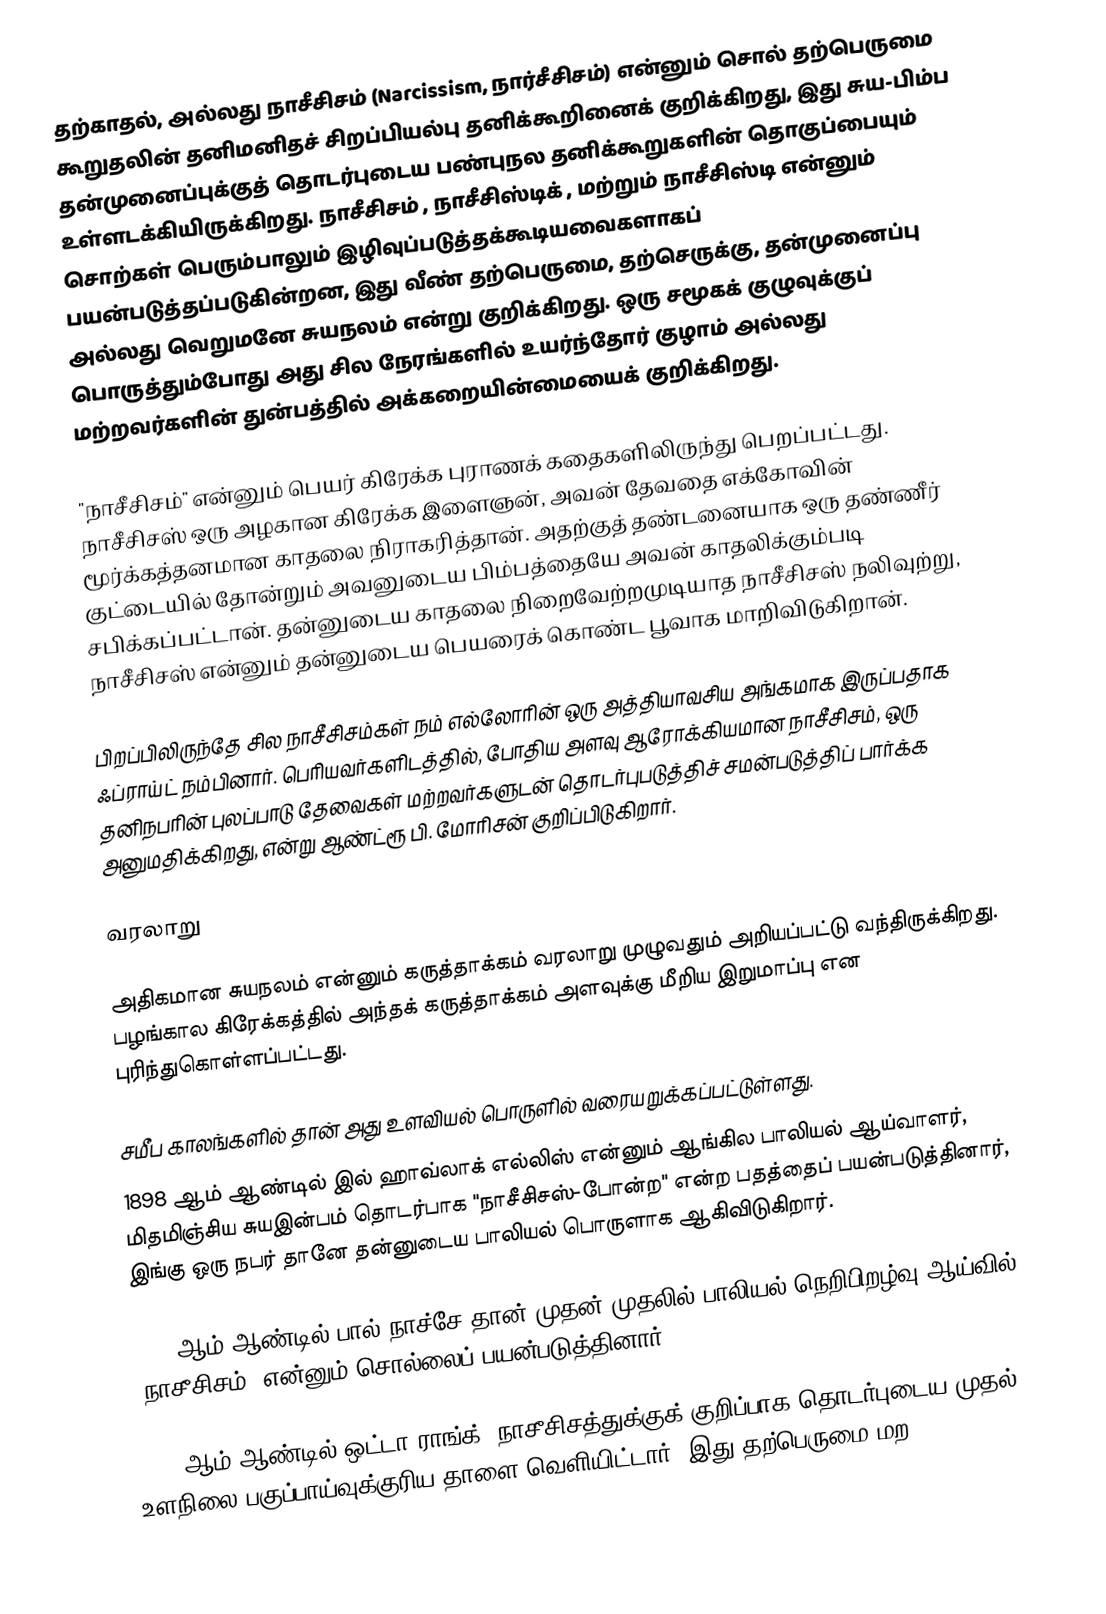
தற்காதல், அல்லது நாசீசிசம் (Narcissism, நார்சீசிசம்) என்னும் சொல் தற்பெருமை கூறுதலின் தனிமனிதச் சிறப்பியல்பு தனிக்கூறினைக் குறிக்கிறது, இது சுய-பிம்ப தன்முனைப்புக்குத் தொடர்புடைய பண்புநல தனிக்கூறுகளின் தொகுப்பையும் உள்ளடக்கியிருக்கிறது. நாசீசிசம் , நாசீசிஸ்டிக் , மற்றும் நாசீசிஸ்டி என்னும் சொற்கள் பெரும்பாலும் இழிவுப்படுத்தக்கூடியவைகளாகப் பயன்படுத்தப்படுகின்றன, இது வீண் தற்பெருமை, தற்செருக்கு, தன்முனைப்பு அல்லது வெறுமனே சுயநலம் என்று குறிக்கிறது. ஒரு சமூகக் குழுவுக்குப் பொருத்தும்போது அது சில நேரங்களில் உயர்ந்தோர் குழாம் அல்லது மற்றவர்களின் துன்பத்தில் அக்கறையின்மையைக் குறிக்கிறது.

"நாசீசிசம்" என்னும் பெயர் கிரேக்க புராணக் கதைகளிலிருந்து பெறப்பட்டது. நாசீசிசஸ் ஒரு அழகான கிரேக்க இளைஞன், அவன் தேவதை எக்கோவின் மூர்க்கத்தனமான காதலை நிராகரித்தான். அதற்குத் தண்டனையாக ஒரு தண்ணீர் குட்டையில் தோன்றும் அவனுடைய பிம்பத்தையே அவன் காதலிக்கும்படி சபிக்கப்பட்டான். தன்னுடைய காதலை நிறைவேற்றமுடியாத நாசீசிசஸ் நலிவுற்று, நாசீசிசஸ் என்னும் தன்னுடைய பெயரைக் கொண்ட பூவாக மாறிவிடுகிறான்.

பிறப்பிலிருந்தே சில நாசீசிசம்கள் நம் எல்லோரின் ஒரு அத்தியாவசிய அங்கமாக இருப்பதாக ஃப்ராய்ட் நம்பினார். பெரியவர்களிடத்தில், போதிய அளவு ஆரோக்கியமான நாசீசிசம், ஒரு தனிநபரின் புலப்பாடு தேவைகள் மற்றவர்களுடன் தொடர்புபடுத்திச் சமன்படுத்திப் பார்க்க அனுமதிக்கிறது, என்று ஆண்ட்ரூ பி. மோரிசன் குறிப்பிடுகிறார்.

வரலாறு

அதிகமான சுயநலம் என்னும் கருத்தாக்கம் வரலாறு முழுவதும் அறியப்பட்டு வந்திருக்கிறது. பழங்கால கிரேக்கத்தில் அந்தக் கருத்தாக்கம் அளவுக்கு மீறிய இறுமாப்பு என புரிந்துகொள்ளப்பட்டது.

சமீப காலங்களில் தான் அது உளவியல் பொருளில் வரையறுக்கப்பட்டுள்ளது.
1898 ஆம் ஆண்டில் இல் ஹாவ்லாக் எல்லிஸ் என்னும் ஆங்கில பாலியல் ஆய்வாளர், மிதமிஞ்சிய சுயஇன்பம் தொடர்பாக "நாசீசிசஸ்-போன்ற" என்ற பதத்தைப் பயன்படுத்தினார், இங்கு ஒரு நபர் தானே தன்னுடைய பாலியல் பொருளாக ஆகிவிடுகிறார்.

1899 ஆம் ஆண்டில் பால் நாச்சே தான் முதன் முதலில் பாலியல் நெறிபிறழ்வு ஆய்வில் "நாசீசிசம்" என்னும் சொல்லைப் பயன்படுத்தினார்.

1911 ஆம் ஆண்டில் ஒட்டா ராங்க், நாசீசிசத்துக்குக் குறிப்பாக தொடர்புடைய முதல் உளநிலை பகுப்பாய்வுக்குரிய தாளை வெளியிட்டார், இது தற்பெருமை மற